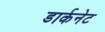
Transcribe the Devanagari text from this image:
डार्कनेट